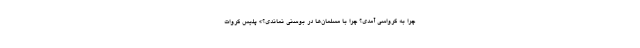
چرا به کرواسی آمدی؟ چرا با مسلمان‌ها در بوسنی نماندی؟» پلیس کروات